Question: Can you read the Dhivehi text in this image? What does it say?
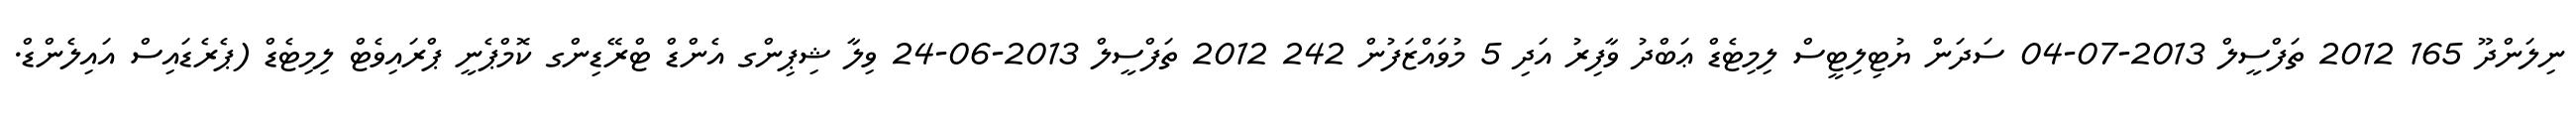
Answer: ނިލަންދޫ 165 2012 ތަފްސީލް 2013-07-04 ސަދަން ޔުޓިލިޓީސް ލިމިޓެޑް ޢަބްދު ވާފިރު އަދި 5 މުވައްޒަފުން 242 2012 ތަފްސީލް 2013-06-24 ވިލާ ޝިޕިންގ އެންޑް ޓްރޭޑިންގ ކޮމްޕެނީ ޕްރައިވެޓް ލިމިޓެޑް (ޕެރެޑައިސް އައިލެންޑް.